画像に写った文字を読んでください
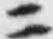
「ニ」と書いてあります